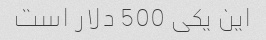
این یکی 500 دلار است